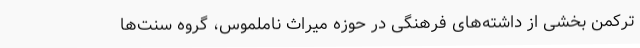
ترکمن بخشی از داشته‌های فرهنگی در حوزه میراث ناملموس، گروه سنت‌ها